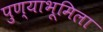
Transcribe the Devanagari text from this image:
पुण्याभूमिला